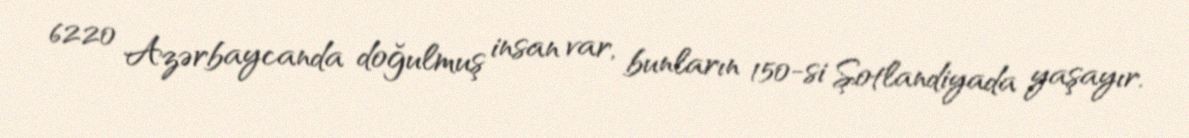
6220 Azərbaycanda doğulmuş insan var, bunların 150-si Şotlandiyada yaşayır.